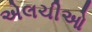
એલચીઓ